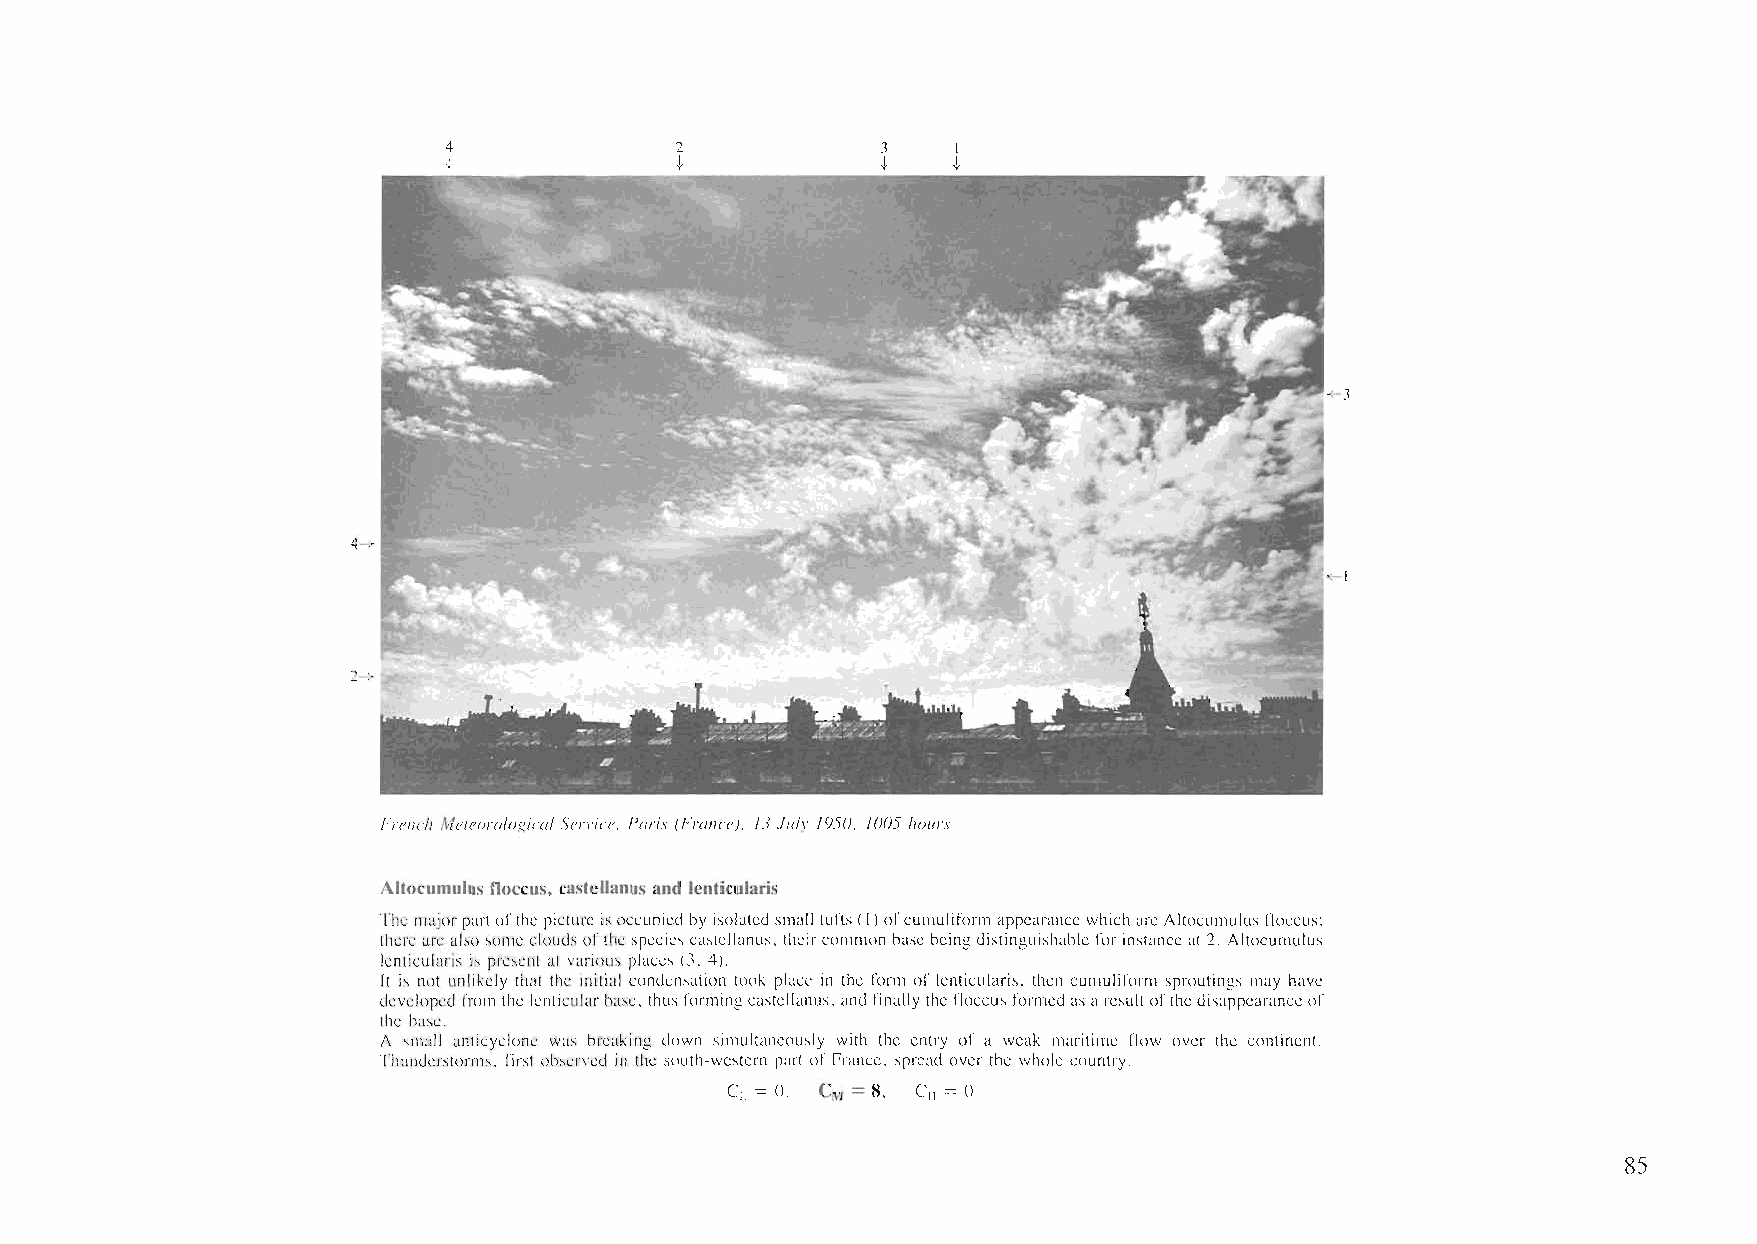
4
 t
 French Meleor%gica/ Service. Paris (France). 13 Ju/v /950. 1005 hours
 Altocumulus floccus, castcllanus and lenticularis
 The majorpartofthepicture isoccupied by isolatedsmall tufts(I)ofeumuliformappearancewhich arc Altoeumulus floceus:
 there arcalso someclouds ofthe spcciescastellanus, theircommon basebeingdistinguishable for instanecat 2. Altocumulus
 lenticularis is present at various places (3, 4).
 It is not unlikely that the initial condensation took place in the form of lenticularis, then eumuliform sproutings may have
 developed from the lenticularbase, thus formingcastellanus, and finallythe floecus formedasaresultofthedisappcaranceof
 thc basc.
 A small anticyclone was breaking down simultaneously with the entry of a weak maritime flow over the continent.
 Thunderstorms. first observed in the south-western part ofFrance. spread over the whole country.
 Cl. = 0, CM = 8, C = 0
 II
 85